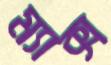
ম্যাক্স